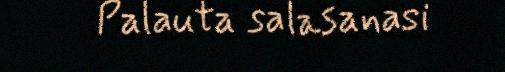
Palauta salasanasi